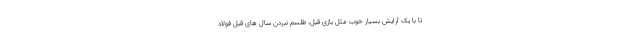
تا با یک آرایش بسیار خوب مثل بازی قبل، طلسم نبردن سال های قبل فولاد